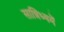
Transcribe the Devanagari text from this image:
सान्निध्‍यमें